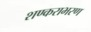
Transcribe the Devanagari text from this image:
शण्कराभरण